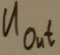
Text: UOUT